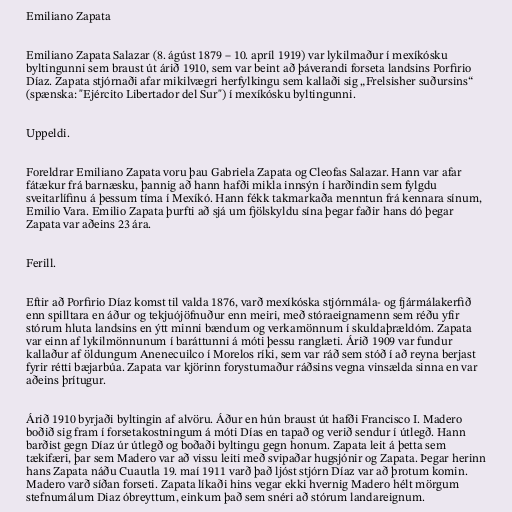
Emiliano Zapata

Emiliano Zapata Salazar (8. ágúst 1879 – 10. apríl 1919) var lykilmaður í mexíkósku
byltingunni sem braust út árið 1910, sem var beint að þáverandi forseta landsins Porfirio
Díaz. Zapata stjórnaði afar mikilvægri herfylkingu sem kallaði sig „Frelsisher suðursins“
(spænska: "Ejército Libertador del Sur") í mexíkósku byltingunni.

Uppeldi.

Foreldrar Emiliano Zapata voru þau Gabriela Zapata og Cleofas Salazar. Hann var afar
fátækur frá barnæsku, þannig að hann hafði mikla innsýn í harðindin sem fylgdu
sveitarlífinu á þessum tíma í Mexíkó. Hann fékk takmarkaða menntun frá kennara sínum,
Emilio Vara. Emilio Zapata þurfti að sjá um fjölskyldu sína þegar faðir hans dó þegar
Zapata var aðeins 23 ára.

Ferill.

Eftir að Porfirio Díaz komst til valda 1876, varð mexíkóska stjórnmála- og fjármálakerfið
enn spilltara en áður og tekjuójöfnuður enn meiri, með stóraeignamenn sem réðu yfir
stórum hluta landsins en ýtt minni bændum og verkamönnum í skuldaþrældóm. Zapata
var einn af lykilmönnunum í baráttunni á móti þessu ranglæti. Árið 1909 var fundur
kallaður af öldungum Anenecuilco í Morelos ríki, sem var ráð sem stóð í að reyna berjast
fyrir rétti bæjarbúa. Zapata var kjörinn forystumaður ráðsins vegna vinsælda sinna en var
aðeins þrítugur.

Árið 1910 byrjaði byltingin af alvöru. Áður en hún braust út hafði Francisco I. Madero
boðið sig fram í forsetakostningum á móti Días en tapað og verið sendur í útlegð. Hann
barðist gegn Díaz úr útlegð og boðaði byltingu gegn honum. Zapata leit á þetta sem
tækifæri, þar sem Madero var að vissu leiti með svipaðar hugsjónir og Zapata. Þegar herinn
hans Zapata náðu Cuautla 19. maí 1911 varð það ljóst stjórn Díaz var að þrotum komin.
Madero varð síðan forseti. Zapata líkaði hins vegar ekki hvernig Madero hélt mörgum
stefnumálum Diaz óbreyttum, einkum það sem snéri að stórum landareignum.